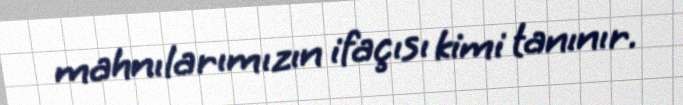
mahnılarımızın ifaçısı kimi tanınır.